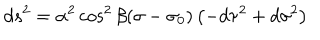
d s ^ { 2 } = \alpha ^ { 2 } \cos ^ { 2 } \beta ( \sigma - \sigma _ { 0 } ) \left( - d \tau ^ { 2 } + d \sigma ^ { 2 } \right)